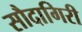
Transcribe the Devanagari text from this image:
सौदागिरी